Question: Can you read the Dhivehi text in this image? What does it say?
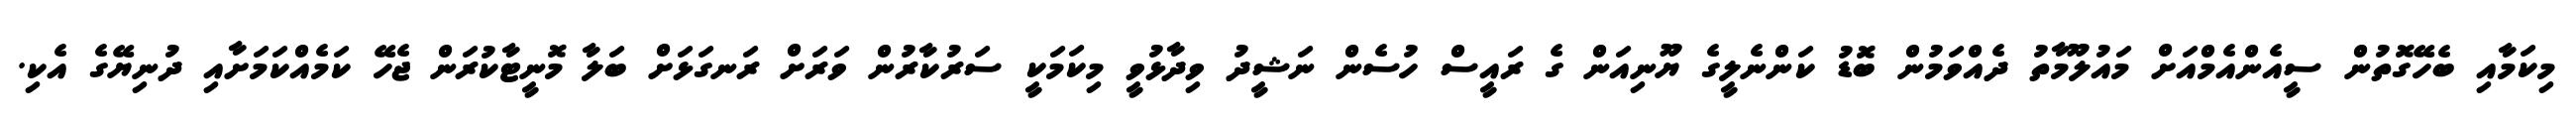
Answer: މިކަމާއި ބެހޭގޮތުން ސީއެންއެމްއަށް މައުލޫމާތު ދެއްވަމުން ބޮޑު ކަންނެލީގެ ޔޫނިއަން ގެ ރައީސް ހުސެން ނަޝީދު ވިދާޅުވީ މިކަމަކީ ސަރުކާރުން ވަރަށް ރަނގަޅަށް ބަލާ މޮނީޓާކުރަން ޖެހޭ ކަމެއްކަމަށާއި ދުނިޔޭގެ އެކި.